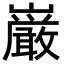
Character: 巌